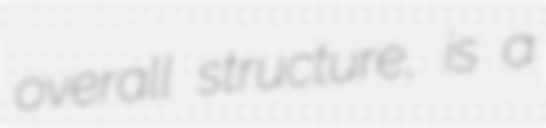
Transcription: overall structure, is a